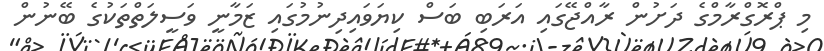
މި ޕްރޮގްރާމްގެ ދަށުން ރާއްޖޭގައި އަރަބި ބަސް ކިޔަވައިދިނުމުގައި ޒަމާނީ ވަސީލަތްތަކުގެ ބޭނުން